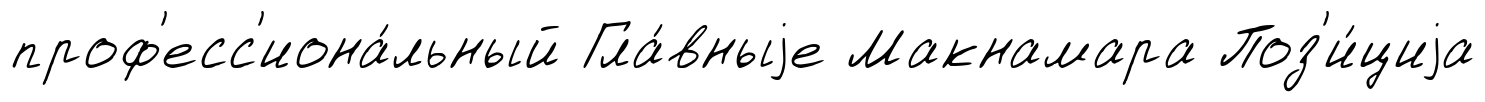
проф'есс'иона́льный Гла́вныjе Макнамара Поз'и́циjа